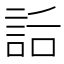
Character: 𧦶